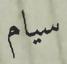
سيام